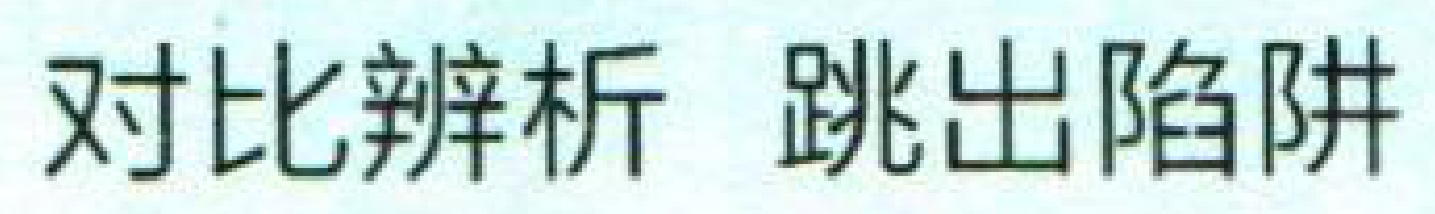
对比辨析 跳出陷阱